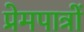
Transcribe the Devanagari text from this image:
प्रेमपात्रों